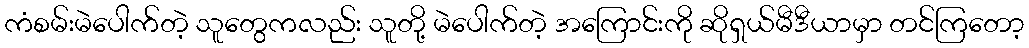
ကံစမ်းမဲပေါက်တဲ့ သူတွေကလည်း သူတို့ မဲပေါက်တဲ့ အကြောင်းကို ဆိုရှယ်မီဒီယာမှာ တင်ကြတော့